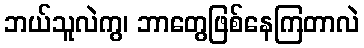
ဘယ်သူလဲကွ၊ ဘာတွေဖြစ်နေကြတာလဲ